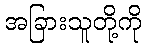
အခြားသူတို့ကို